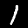
Label: 1